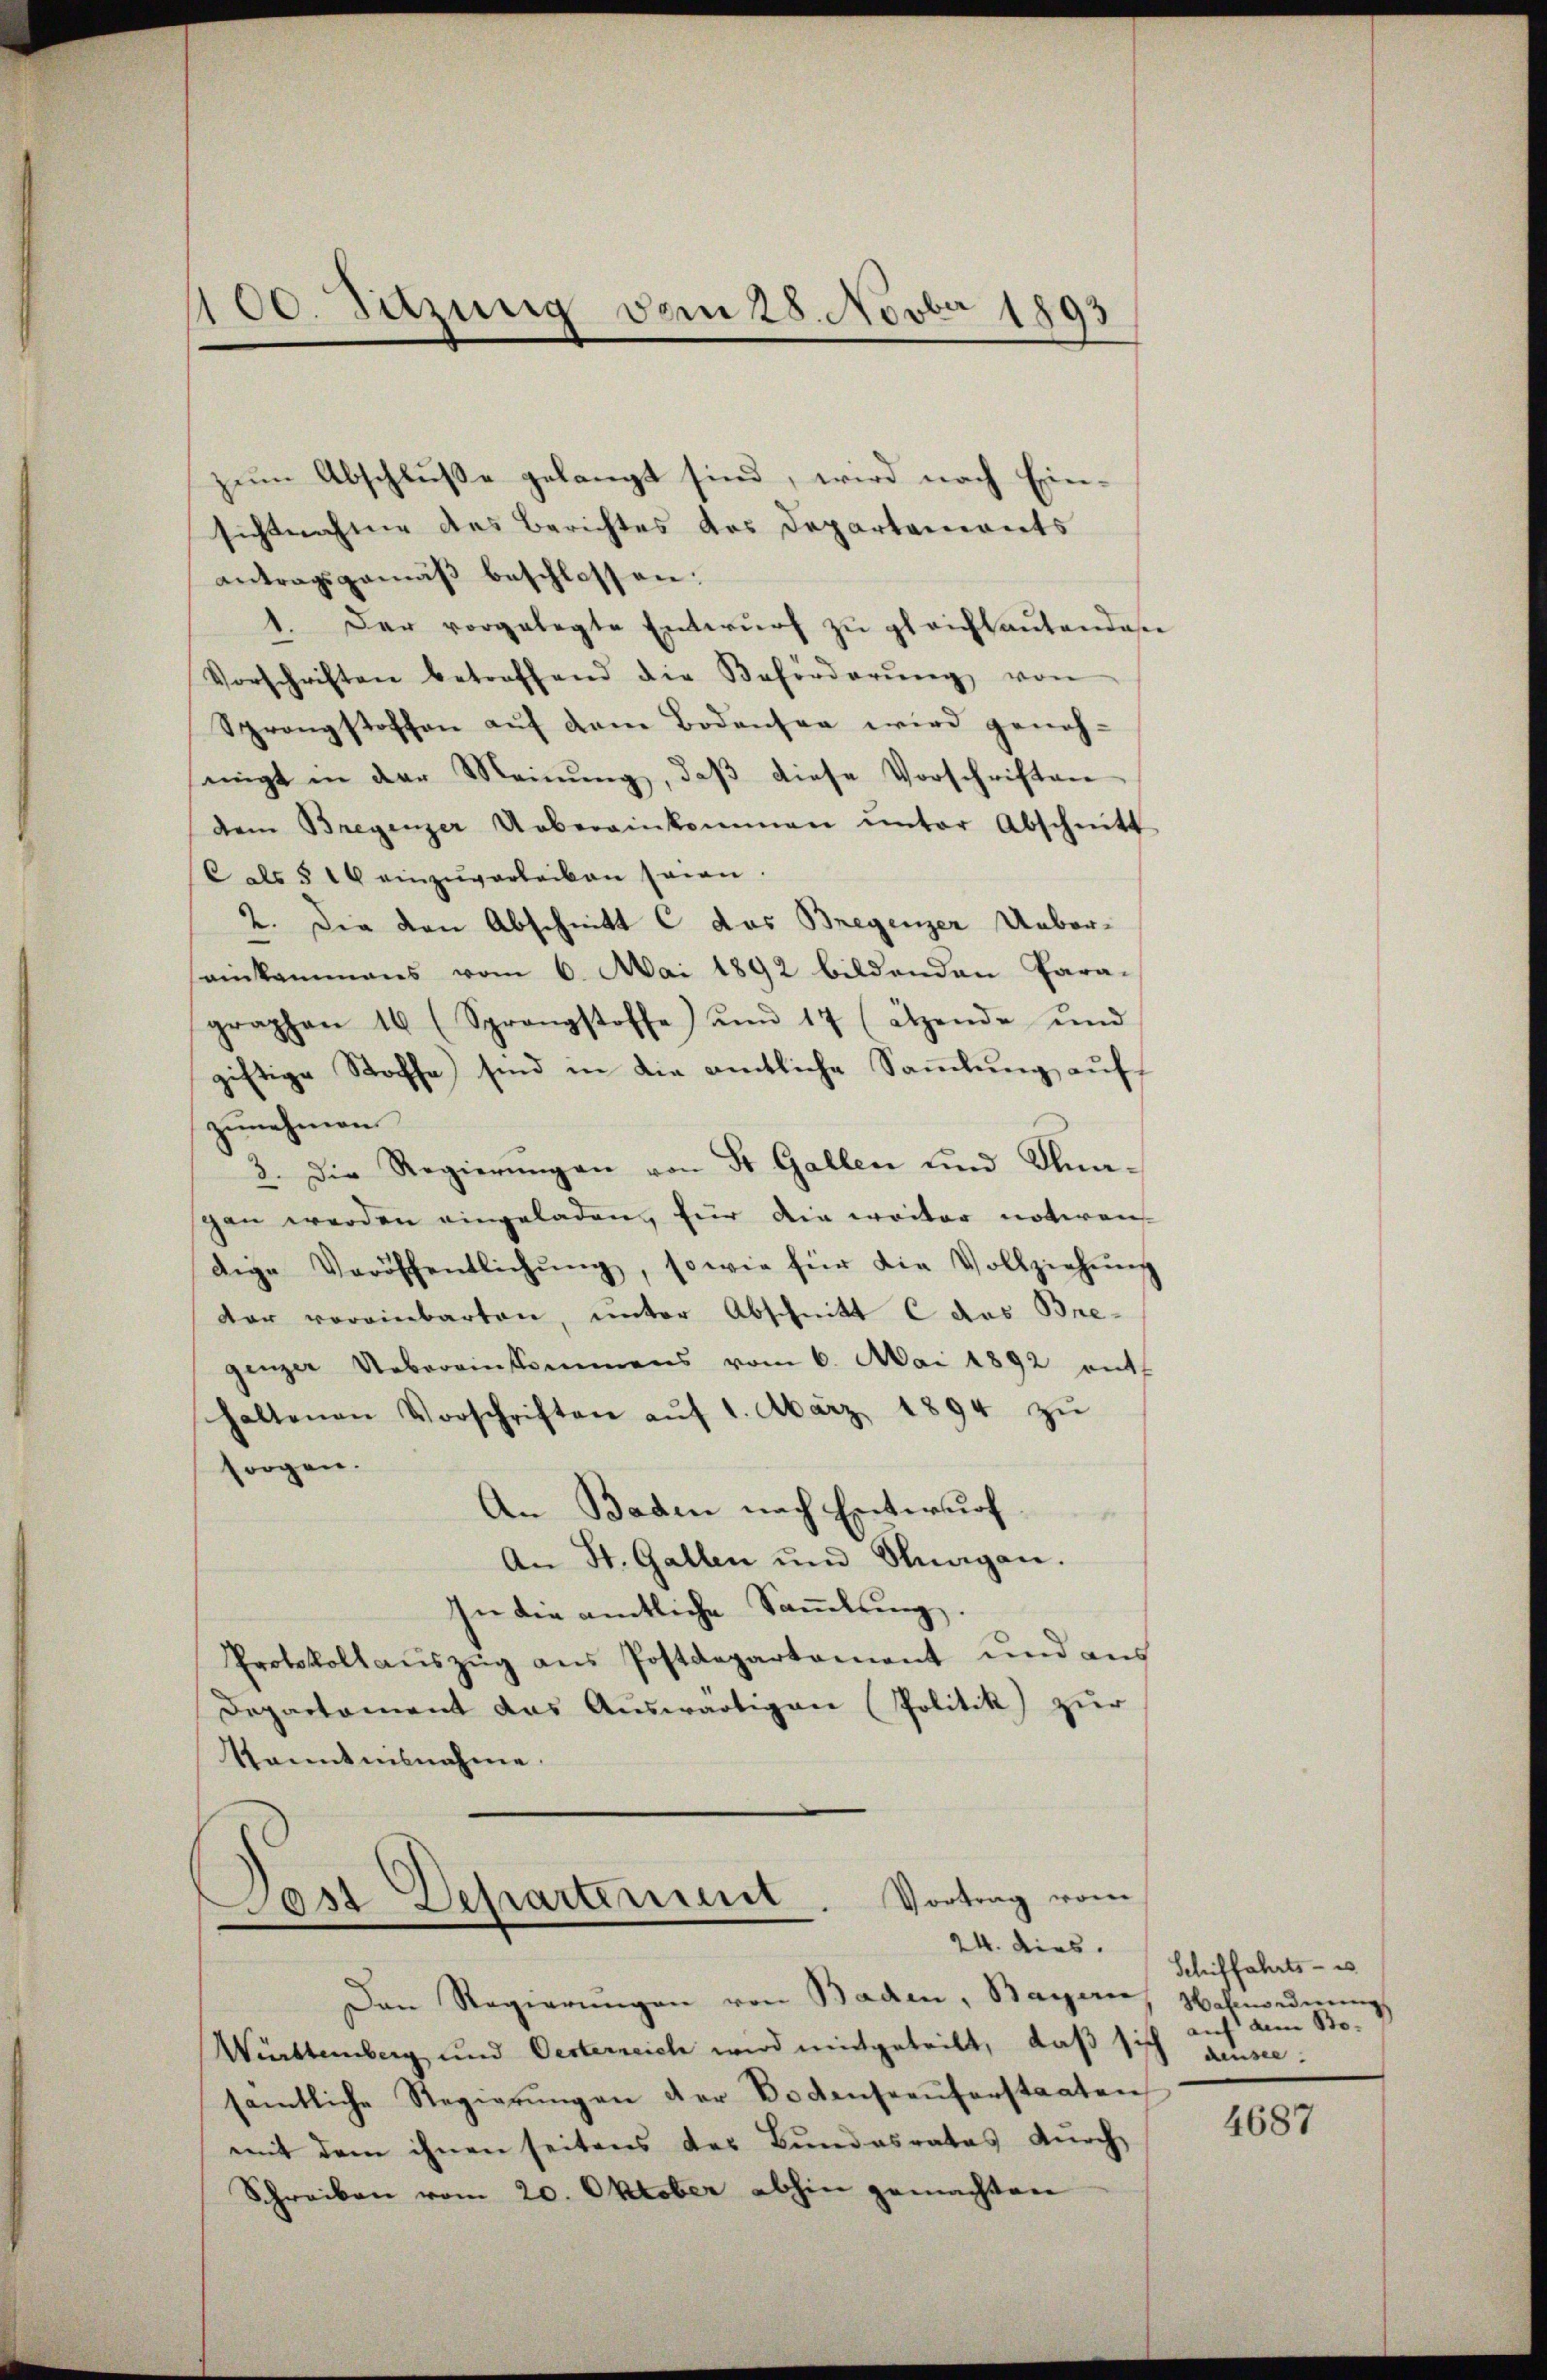
100. Sitzung vom 28. Novber 1893

zum Abschluße gelangt sind, wird nach Einsichtnahme des Berichtes des Departements
antragsgemäß beschlossen:
1. Der vorgelegte Entwŭrf zŭ gleichlautendes
Vorschriften betreffend die Beförderŭng von
Sprengstoffen auf dem Bodensen wird geneh-
engt in der Meinung, daß diese Vorschriften
dem Bregenzer Uebereinkommen ŭnter Abschnitt
Cals § 16 einzuverleiben sein
2. Die den Abschnitt C das Bregenzer Ueberseinkammens vom 6. Mai 1892 bildenden Para-
graphen 16 (Sprangstoffe) und 17 (ätzende und
giftige Stoffe sind in die amtliche Saṁlŭng auf
zunehmen
3. Die Regierŭngen von dr Gallen und Sagen werden eingeladen, für die weiter notiren
dige Veröffentlichŭng, sowie für die Vollziehŭng
der voreinbarten, unter Abschnitt C das Bregenzer Uebereinkommens vom 6. Mai 1892 entf
haltenen Vorschriften aŭf 1. März 1894 zŭ
sorgen.
An Baden nach Entwurf.
An St. Gallen und Stragen.
In die amtliche Sammlung.
Protokollauszug aus Postdepartement und aus
Departement das Auswärtigen (Politik zur
kanntensnahme.

Vortrag vom
Dast Departement
24. dies
Den Regierŭngen von Baden, Bayern, Wohnordnŭng

Württemberg und Oesterreich wird mitgeteilt, daß si
sämtliche Regierŭngen der Bodenseeŭferstaaten
mit dem ihnen seitens des Bundesrates dŭrch
Schreiben vom 20. Oktober abhin gemachten

Schiffahrts - es
auf dem Sto- |
densee.

4687